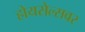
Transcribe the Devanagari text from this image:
होयसेल्सवर